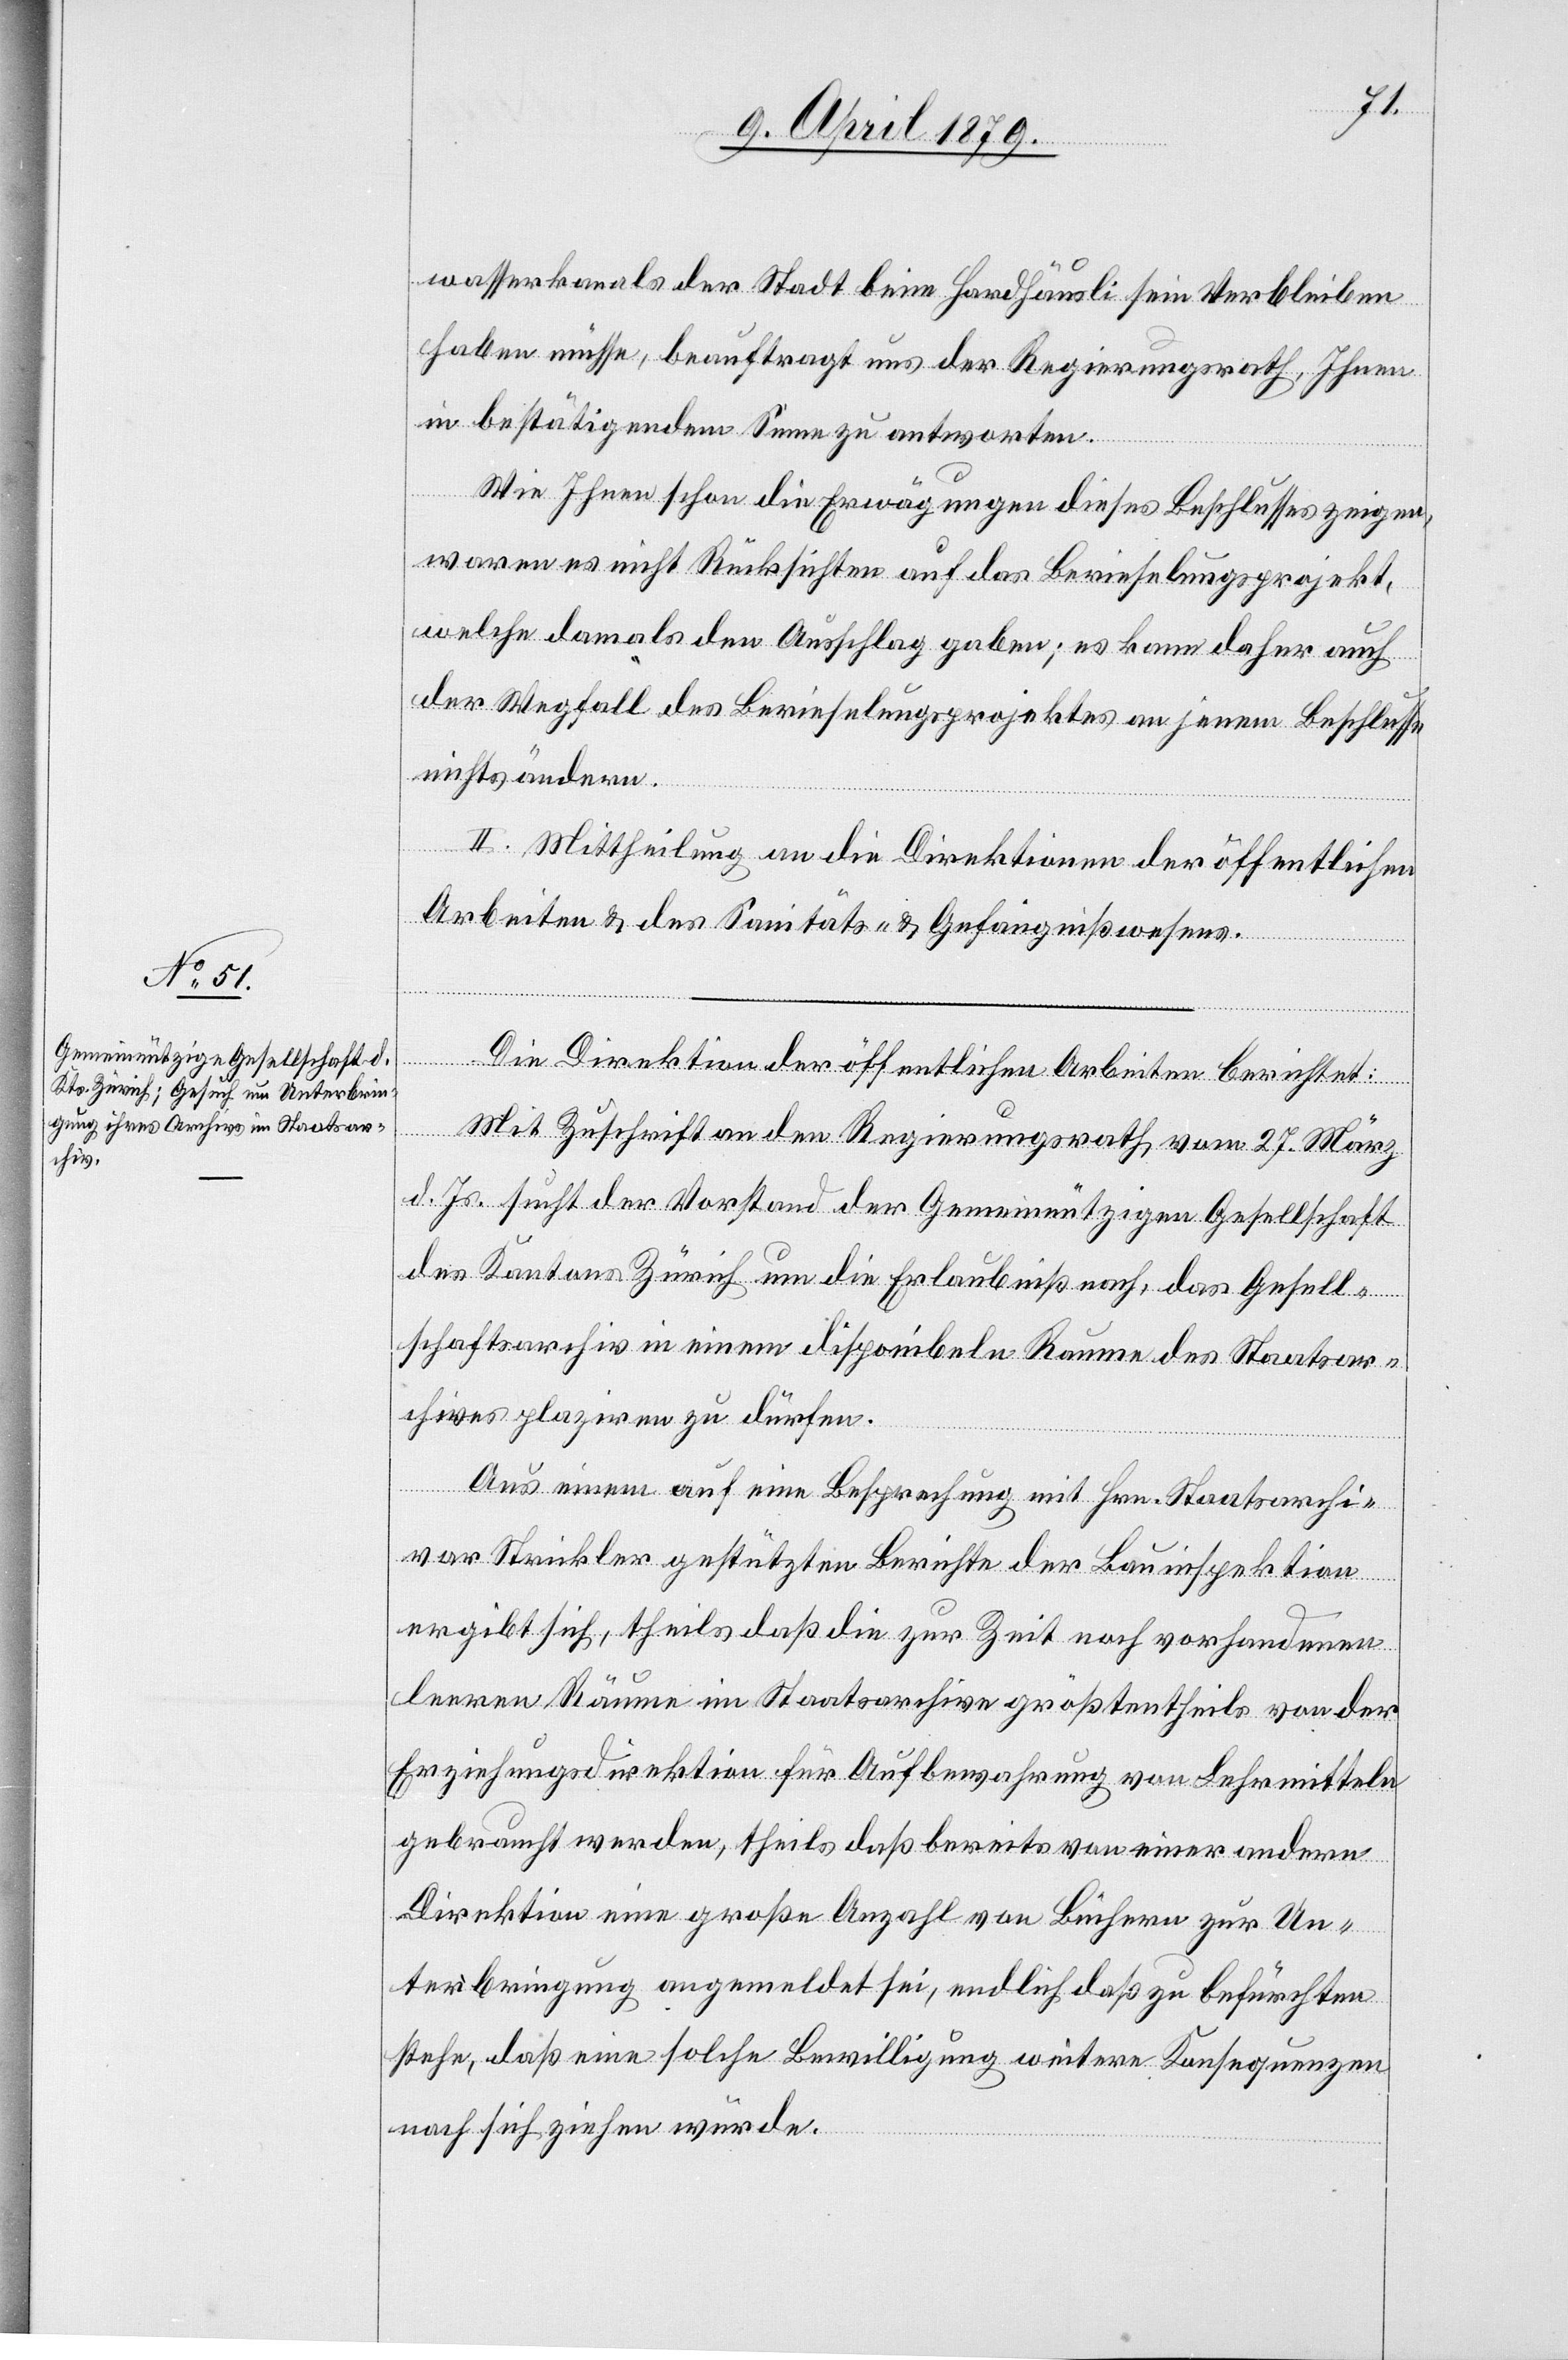
wasserkanals der Stadt beim Hardhäusli sein Verbleiben
haben müsse, beauftragt uns der Regierungsrath, Ihnen
in bestätigendem Sinne zu antworten.
Wie Ihnen schon die Erwägungen dieses Beschlusses zeigen,
waren es nicht Rücksichten auf das Berieselungsprojekt,
welche damals den Ausschlag gaben; es kann daher auch
der Wegfall des Berieselungsprojektes an jenem Beschlusse
nichts ändern.
II. Mittheilung an die Direktionen der öffentlichen
Arbeiten & des Sanitäts- & Gefängnißwesens.
Die Direktion der öffentlichen Arbeiten berichtet:
Mit Zuschrift an den Regierungsrath vom 27. März
d. Js. sucht der Vorstand der Gemeinnützigen Gesellschaft
des Kantons Zürich um die Erlaubniß nach, das Gesell¬
schaftsarchiv in einem disponibeln Raume des Staatsar¬
chives plaziren zu dürfen.
Aus einem auf eine Besprechung mit Hrn. Staatsarchi¬
var Strickler gestützten Berichte der Bauinspektion
ergibt sich, theils daß die zur Zeit noch vorhandenen
leeren Räume im Staatsarchive größtentheils von der
Erziehungsdirektion für Aufbewahrung von Lehrmitteln
gebraucht werden, theils daß bereits von einer andern
Direktion eine große Anzahl von Büchern zur Un¬
terbringung angemeldet sei, endlich daß zu befürchten
stehe, daß eine solche Bewilligung weitere Konsequenzen
nach sich ziehen würde.